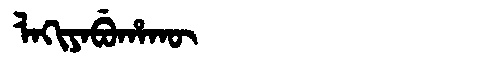
Manchu: ᠯᠠᡴᡳᠶᠠᠪᡠᡥᠠᡴᡡ
Romanization: LAKIYABUHAKŪ